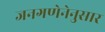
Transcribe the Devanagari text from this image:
जनगणेनेनुसार